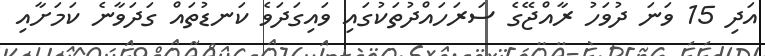
އަދި 15 ވަނަ ދުވަހު ރާއްޖޭގެ ސަރަހައްދުތަކުގައި ވައިގަދަވެ ކަނޑުތައް ގަދަވާނެ ކަމަށާއި